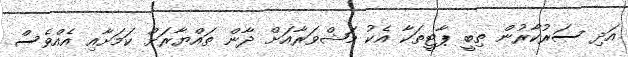
އަދި ސަރުކާރުން ތިބީ ޕާޓީތަކާ އެކު މަޝްވަރާއަށް ދާން ތައްޔާރަށް ކަމަށާއި އެއްވެސް